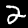
Label: 2